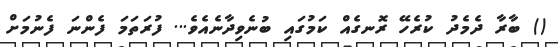
() ބާރާ ދެމެދު ކުރެހޭ ރޮނގެއް ކަމުގައި ބުނެވިދާނެއެވެ... ފުރަތަމަ ފެންނަ ފެނުމަށް